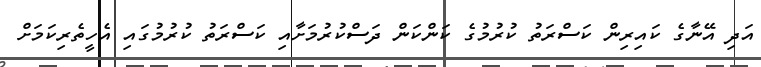
އަދި އޭނާގެ ކައިރިން ކަސްރަތު ކުރުމުގެ ކަންކަން ދަސްކުރުމަށާއި ކަސްރަތު ކުރުމުގައި އެހީތެރިކަމަށް